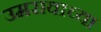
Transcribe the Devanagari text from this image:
उमरावाच्या